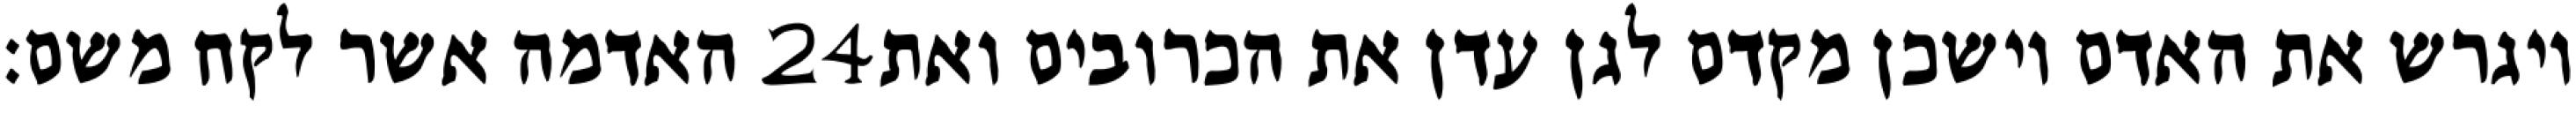
האדמה אשר לקח משם׃ ‎24‏ ויגרש את האדם וישכן מקדם לגן עדן את הכרובים ואת